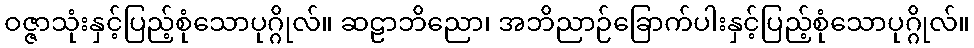
ဝဇ္ဇာသုံးနှင့်ပြည့်စုံသောပုဂ္ဂိုလ်။ ဆဠာဘိညော၊ အဘိညာဉ်ခြောက်ပါးနှင့်ပြည့်စုံသောပုဂ္ဂိုလ်။